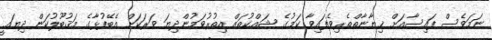
ނަމަވެސް ފައިސާއަށް ޚިޔާނާތްތެރިވެފައިވާ ކަމުގެ ޝައްކުތައް އިތުރުވަމުންދިޔަ ވަރަކަށް އެބޭފުޅާގެ މަޤުބޫލުކަން ދިޔައީ